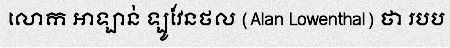
លោក អាឡាន់ ឡូវែនថល (Alan Lowenthal) ថា របប